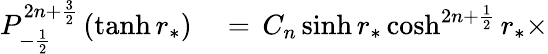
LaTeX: \begin{array}{rl}{P_{-\frac{1}{2}}^{2n+\frac{3}{2}}\left(\operatorname{tanh}r_{*}\right)}&{{}=\, C_{n}\sinh r_{*}\cosh^{2n+\frac{1}{2}}r_{*}\times}\end{array}